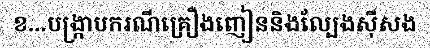
ខ...បង្ក្រាបករណីគ្រឿងញៀននិងល្បែងស៊ីសង